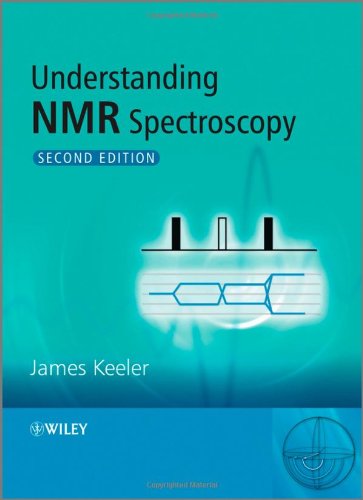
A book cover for Understanding NMR Spectroscopy, Second Edition; James Keeler; Science & Math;